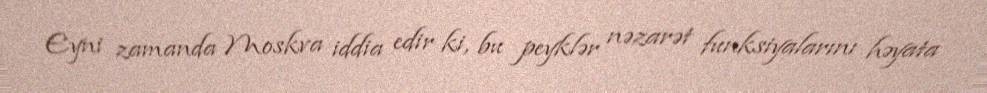
Eyni zamanda Moskva iddia edir ki, bu peyklər nəzarət funksiyalarını həyata